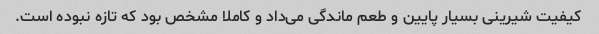
کیفیت شیرینی بسیار پایین و طعم ماندگی می‌داد و کاملا مشخص بود که تازه نبوده است.